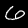
Label: 6